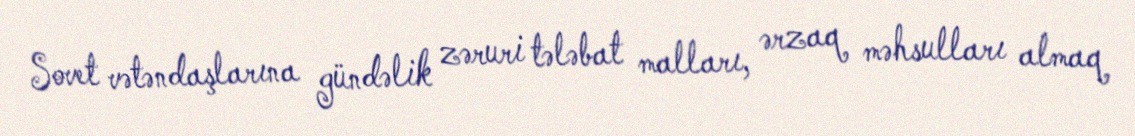
Sovet vətəndaşlarına gündəlik zəruri tələbat malları, ərzaq məhsulları almaq